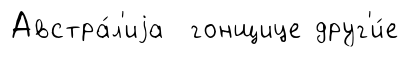
Австра́л'иjа гонщице друг'и́е